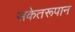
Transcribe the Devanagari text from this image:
संकेतरूपान